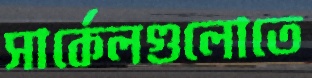
সার্কেলগুলোতে